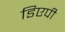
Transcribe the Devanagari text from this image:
डिएपी